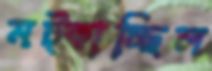
মট্‌কাচ্ছিল